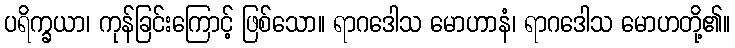
ပရိက္ခယာ၊ ကုန်ခြင်းကြောင့် ဖြစ်သော။ ရာဂဒေါသ မောဟာနံ၊ ရာဂဒေါသ မောဟတို့၏။